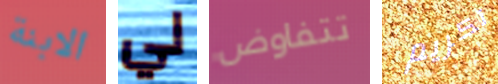
الابنة لي تتفاوض تكريم